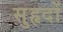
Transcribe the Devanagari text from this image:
सुहृदों